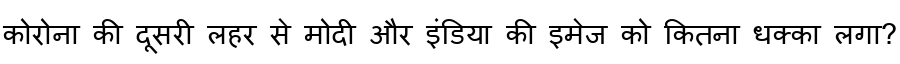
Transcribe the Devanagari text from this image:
कोरोना की दूसरी लहर से मोदी और इंडिया की इमेज को कितना धक्का लगा?